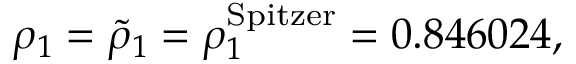
\rho _ { 1 } = \tilde { \rho } _ { 1 } = \rho _ { 1 } ^ { \mathrm { S p i t z e r } } = 0 . 8 4 6 0 2 4 ,